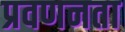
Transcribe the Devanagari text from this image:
प्रवणनता